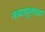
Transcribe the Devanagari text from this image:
नव्यापुलाच्या